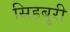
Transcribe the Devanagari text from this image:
सिहबुरी